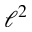
\ell ^ { 2 }